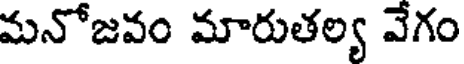
మనోజవం మారుతల్య వేగం